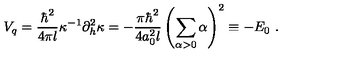
V _ { q } = \frac { \hbar ^ { 2 } } { 4 \pi l } \kappa ^ { - 1 } \partial _ { h } ^ { 2 } \kappa = - \frac { \pi \hbar ^ { 2 } } { 4 a _ { 0 } ^ { 2 } l } \left( \sum _ { \alpha > 0 } \alpha \right) ^ { 2 } \equiv - E _ { 0 } \ .